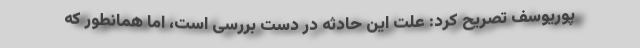
پوریوسف تصریح کرد: علت این حادثه در دست بررسی است، اما همانطور که